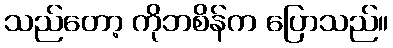
သည်တော့ ကိုဘစိန်က ပြောသည်။